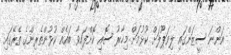
އަންނަ ސީޒަންގައި ލިވަޕޫލަށް ކުޅުމަށް މިހާރު ސޮއި ކޮށްފައިވާ ބައެއް ކުޅުންތެރިންގެ ތެރޭގައި